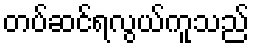
တပ်ဆင်ရလွယ်ကူသည်